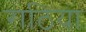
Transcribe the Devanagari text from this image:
राठिया